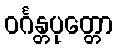
ဝင်္ဂန္တပုတ္တော